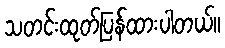
သတင်းထုတ်ပြန်ထားပါတယ်။